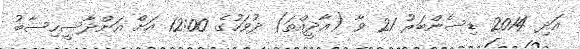
އަދި 2014 ޑިސެންބަރު 21 ވާ (އާދީއްތަ) ދުވަހުގެ 12:00 އަށް އަންދާސީހިސާބު